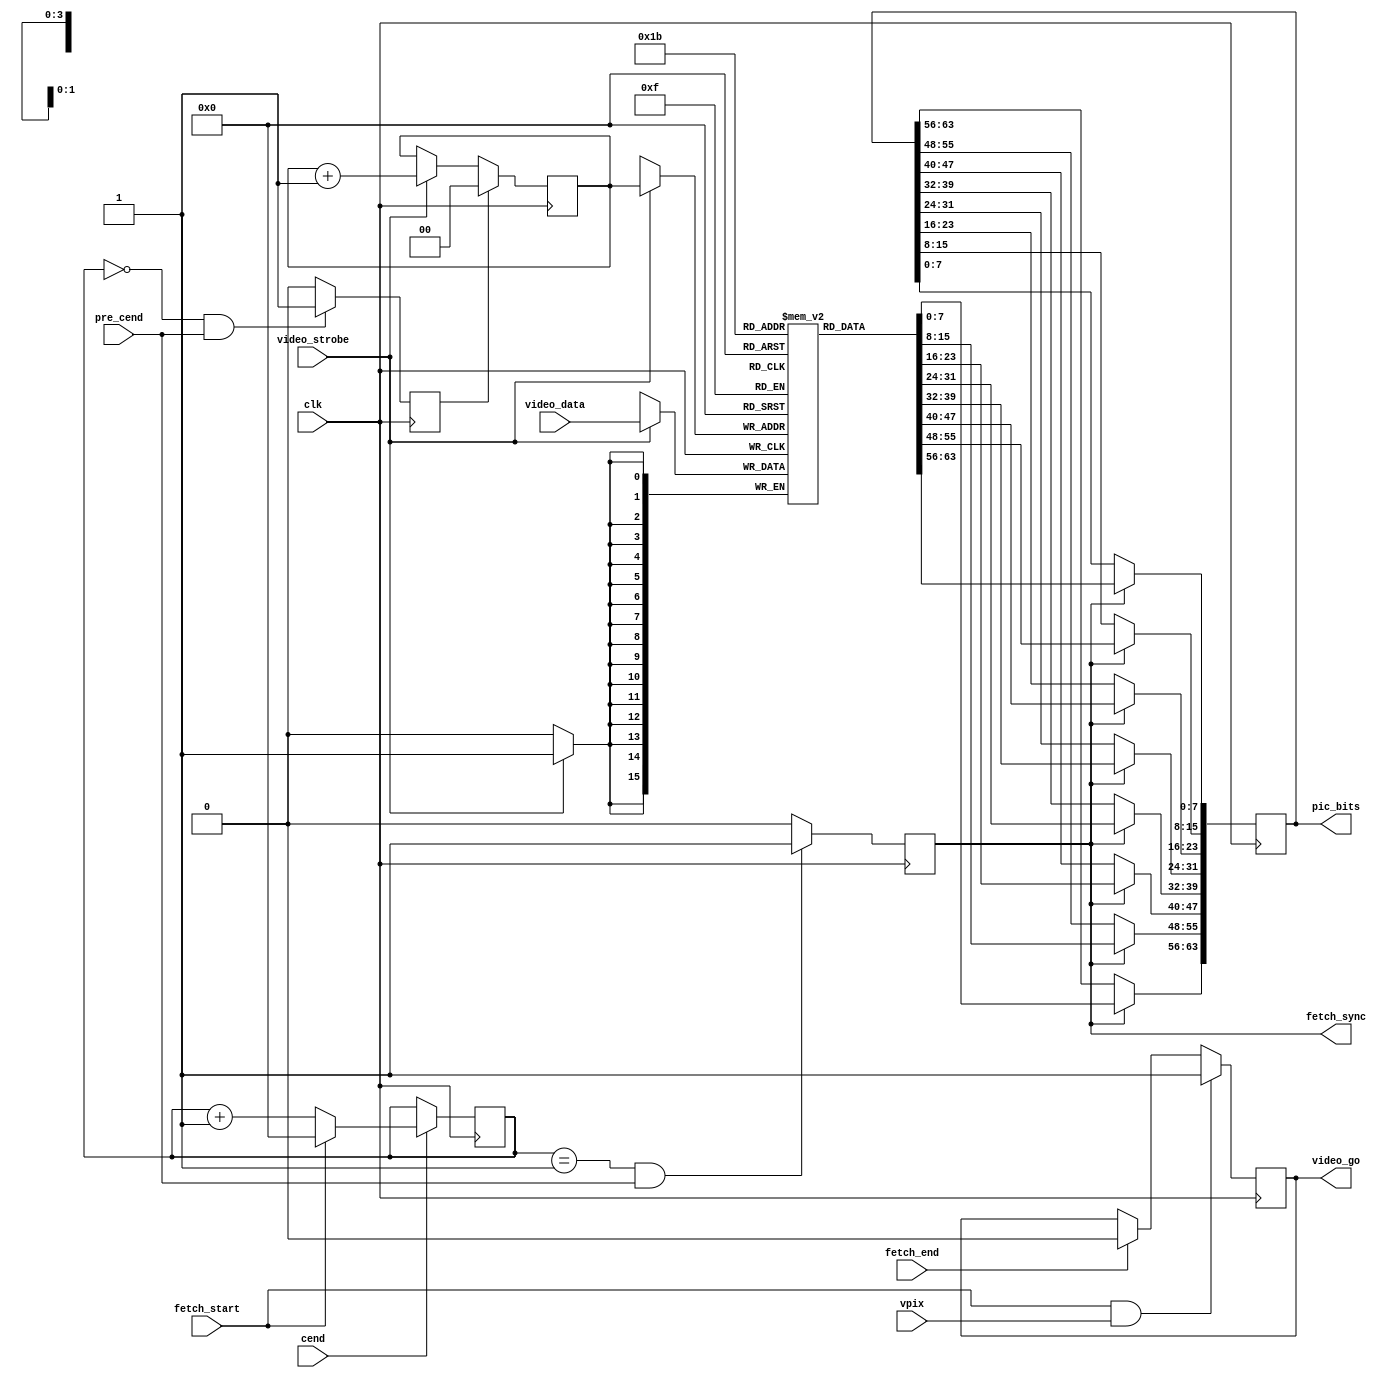
module video_fetch(
	input  wire        clk, 
	input  wire        cend,     
	input  wire        pre_cend, 
	input  wire        vpix, 
	input  wire        fetch_start, 
	input  wire        fetch_end,   
	output reg         fetch_sync,     
	input  wire [15:0] video_data,   
	input  wire        video_strobe, 
	output reg         video_go, 
	output reg  [63:0] pic_bits 
);
	reg [3:0] fetch_sync_ctr; 
	reg [1:0] fetch_ptr; 
	reg       fetch_ptr_clr; 
	reg [15:0] fetch_data [0:3]; 
	always @(posedge clk)
		if( fetch_start && vpix )
			video_go <= 1'b1;
		else if( fetch_end )
			video_go <= 1'b0;
	always @(posedge clk) if( cend )
	begin
		if( fetch_start )
			fetch_sync_ctr <= 0;
		else
			fetch_sync_ctr <= fetch_sync_ctr + 1;
	end
	always @(posedge clk)
		if( (fetch_sync_ctr==1) && pre_cend )
			fetch_sync <= 1'b1;
		else
			fetch_sync <= 1'b0;
	always @(posedge clk)
		if( (fetch_sync_ctr==0) && pre_cend )
			fetch_ptr_clr <= 1'b1;
		else
			fetch_ptr_clr <= 1'b0;
	always @(posedge clk)
		if( fetch_ptr_clr )
			fetch_ptr <= 0;
		else if( video_strobe )
			fetch_ptr <= fetch_ptr + 1;
	always @(posedge clk) if( video_strobe )
		fetch_data[fetch_ptr] <= video_data;
	always @(posedge clk) if( fetch_sync )
	begin
		pic_bits[ 7:0 ] <= fetch_data[0][15:8 ];
		pic_bits[15:8 ] <= fetch_data[0][ 7:0 ];
		pic_bits[23:16] <= fetch_data[1][15:8 ];
		pic_bits[31:24] <= fetch_data[1][ 7:0 ];
		pic_bits[39:32] <= fetch_data[2][15:8 ];
		pic_bits[47:40] <= fetch_data[2][ 7:0 ];
		pic_bits[55:48] <= fetch_data[3][15:8 ];
		pic_bits[63:56] <= fetch_data[3][ 7:0 ];
	end
endmodule